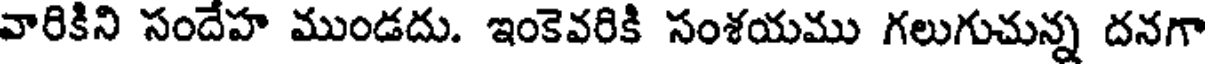
వారికిని సందేహ ముండదు. ఇంకెవరికి సంశయము గలుగుచున్న దనగా